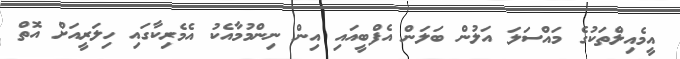
އީމެއިލްތަކުގެ މައްސަލަ އަލުން ބަލަން އެފްބީއައި އިން ނިންމުމާއެކު އެމެރިކާގައި ހިލަރީއަށް އޮތް